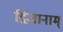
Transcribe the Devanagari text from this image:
द्विजानाम्